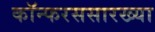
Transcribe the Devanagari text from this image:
कॉन्फरससारख्या